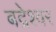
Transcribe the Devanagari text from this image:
बद्रेश्वर